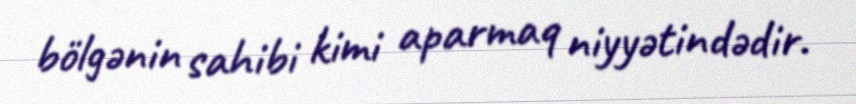
bölgənin sahibi kimi aparmaq niyyətindədir.